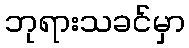
ဘုရားသခင်မှာ